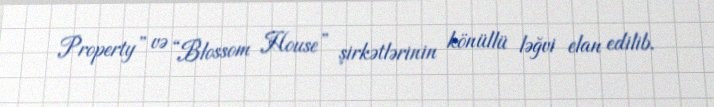
Property” və “Blossom House” şirkətlərinin könüllü ləğvi elan edilib.